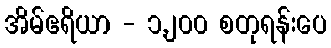
အိမ်ဧရိယာ - ၁,၂၀၀ စတုရန်းပေ